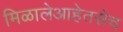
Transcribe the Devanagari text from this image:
मिळालेआहेतसेच